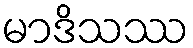
မာဒိသဿ